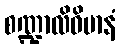
စဏ္ဍာလိဝိမာနံ